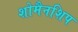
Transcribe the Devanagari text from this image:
शोमैनशिप